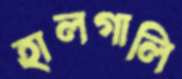
হালগালি